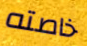
خاصته